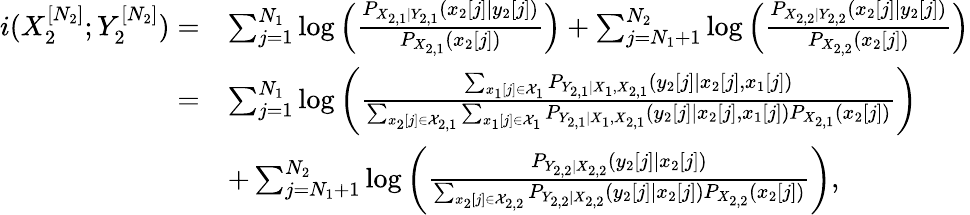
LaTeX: \begin{array}{rl}{i(X_{2}^{[N_{2}]};Y_{2}^{[N_{2}]})=}&{\sum_{j=1}^{N_{1}}\log\left(\frac{P_{X_{2,1}|Y_{2,1}}(x_{2}[j]|y_{2}[j])}{P_{X_{2,1}}(x_{2}[j])}\right)+\sum_{j=N_{1}+1}^{N_{2}}\log\left(\frac{P_{X_{2,2}|Y_{2,2}}(x_{2}[j]|y_{2}[j])}{P_{X_{2,2}}(x_{2}[j])}\right)}\\ {=}&{\sum_{j=1}^{N_{1}}\log\left(\frac{\sum_{x_{1}[j]\in\mathcal{X}_{1}}P_{Y_{2,1}|X_{1},X_{2,1}}(y_{2}[j]|x_{2}[j],x_{1}[j])}{\sum_{x_{2}[j]\in\mathcal{X}_{2,1}}\sum_{x_{1}[j]\in\mathcal{X}_{1}}P_{Y_{2,1}|X_{1},X_{2,1}}(y_{2}[j]|x_{2}[j],x_{1}[j])P_{X_{2,1}}(x_{2}[j])}\right)}\\ &{+\sum_{j=N_{1}+1}^{N_{2}}\log\left(\frac{P_{Y_{2,2}|X_{2,2}}(y_{2}[j]|x_{2}[j])}{\sum_{x_{2}[j]\in\mathcal{X}_{2,2}}P_{Y_{2,2}|X_{2,2}}(y_{2}[j]|x_{2}[j])P_{X_{2,2}}(x_{2}[j])}\right),}\end{array}